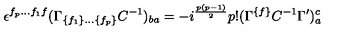
\epsilon ^ { f _ { p } \ldots f _ { 1 } f } ( \Gamma _ { \{ f _ { 1 } \} \ldots \{ f _ { p } \} } C ^ { - { 1 } } ) _ { { b a } } = - i ^ { { { \frac { p ( p - 1 ) } { 2 } } } } p ! ( \Gamma ^ { \{ f \} } C ^ { - { 1 } } \Gamma ^ { \prime } ) _ { a } ^ { c }